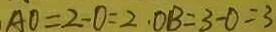
A O = 2 - 0 = 2 . O B = 3 - 0 = 3